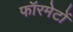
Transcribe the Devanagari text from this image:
फॉरमेटों